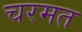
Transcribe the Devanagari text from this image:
चरमत